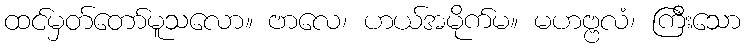
ထင်မှတ်တော်မူသလော။ ဗာလေ၊ ဟယ်အမိုက်မ။ မဟဗ္ဗလံ၊ ကြီးသော